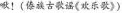
④种豆南山下，草盛豆苗稀。(陶渊明《归园田居》)